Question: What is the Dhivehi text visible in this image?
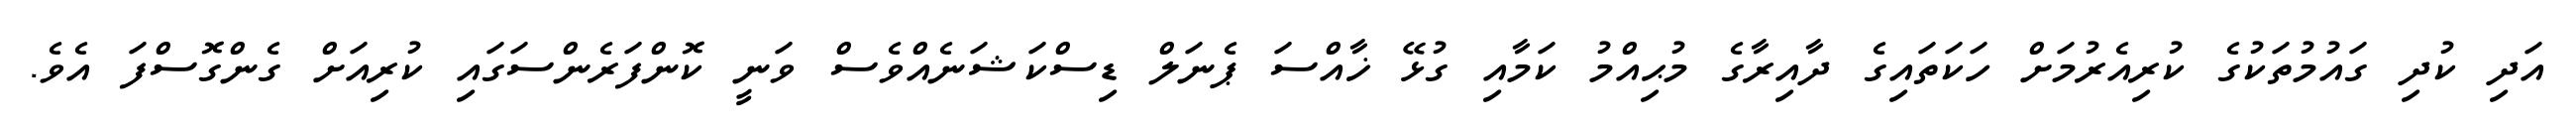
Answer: އަދި ކުދި ގައުމުތަކުގެ ކުރިއެރުމަށް ހަކަތައިގެ ދާއިރާގެ މުޙިއްމު ކަމާއި ގުޅޭ ޚާއްސަ ޕެނަލް ޑިސްކަޝަނެއްވެސް ވަނީ ކޮންފަރެންސަގައި ކުރިއަށް ގެންގޮސްފަ އެވެ.